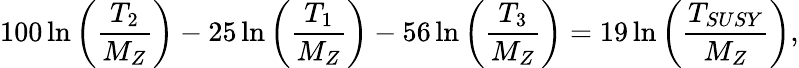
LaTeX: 100\ln\left(\frac{T_{2}}{M_{Z}}\right)-25\ln\left(\frac{T_{1}}{M_{Z}}\right)-56\ln\left(\frac{T_{3}}{M_{Z}}\right)=19\ln\left(\frac{T_{SUSY}}{M_{Z}}\right),